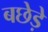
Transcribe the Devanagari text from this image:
बछेड़े